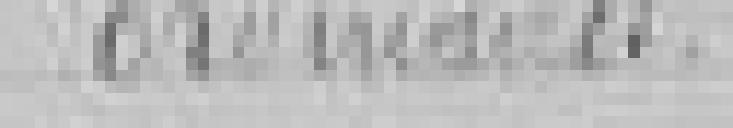
ordinaires